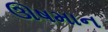
ઊષમાન